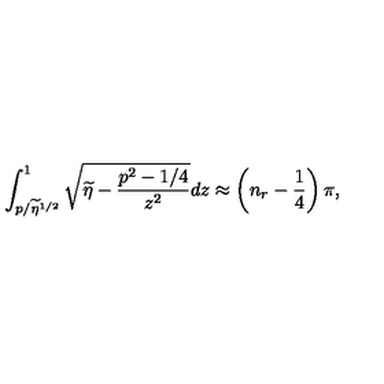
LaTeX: \int _ { p / \widetilde { \eta } ^ { 1 / 2 } } ^ { 1 } \sqrt { \widetilde { \eta } - \frac { p ^ { 2 } - 1 / 4 } { z ^ { 2 } } } d z \approx \left( n _ { r } - \frac { 1 } { 4 } \right) \pi ,